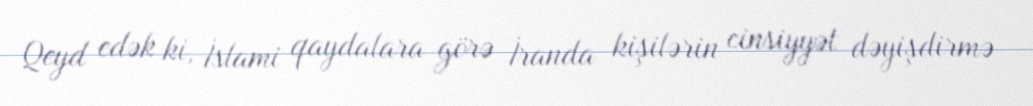
Qeyd edək ki, İslami qaydalara görə İranda kişilərin cinsiyyət dəyişdirmə